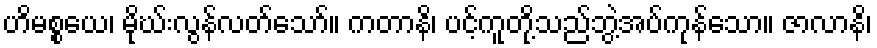
ဟိမစ္စယေ၊ မိုဃ်းလွန်လတ်သော်။ ကတာနိ၊ ပင့်ကူတို့သည်ဘွဲ့အပ်ကုန်သော။ ဇာလာနိ၊